Vaccination in Bombay 1856-1862 - 1856-1862
Year: 1856
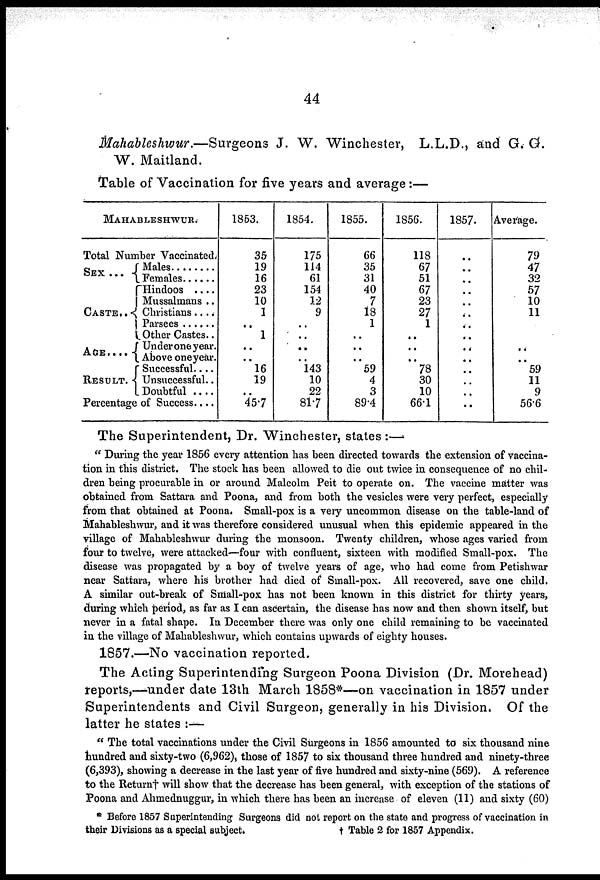
44
Mahableshwur.—Surgeons J. W. Winchester, L.L.D., and G. G.
W. Maitland.
Table of Vaccination for five years and average :—
MAHABLESHWUR.
Total Number Vaccinated.
SEX . . .
CASTE . . .
AGE . . . .
RESULT .
Males . . . .
Females . . . .
Hindoos . . . .
Mussalmans . .
Christians . . . .
Parsees . . . .
Other Castes . .
Under one year.
Above one year.
Successful . . .
Unsuccessful..
Doubtful . . . .
Percentage of Success . . .
1853.
35
19
16
23
10
1
..
1
..
..
16
19
..
45.7
1854.
175
114
61
154
12
9
..
..
..
..
143
10
22
81.7
1855.
66
35
31
40
7
18
1
..
..
..
59
4
3
89.4
1856.
118
67
51
67
23
27
1
..
..
..
78
30
10
66.1
1857.
..
..
..
..
..
..
..
..
..
..
..
..
..
..
Average.
79
47
32
57
10
11
..
..
..
59
11
9
56.6
The Superintendent, Dr. Winchester, states:—
" During the year 1856 every attention has been directed towards the extension of vaccina-
tion in this district. The stock has been allowed to die out twice in consequence of no chil-
dren being procurable in or around Malcolm Peit to operate on. The vaccine matter was
obtained from Sattara and Poona, and from both the vesicles were very perfect, especially
from that obtained at Poona. Small-pox is a very uncommon disease on the table-land of
Mahableshwur, and it was therefore considered unusual when this epidemic appeared in the
village of Mahableshwur during the monsoon. Twenty children, whose ages varied from
four to twelve, were attacked—four with confluent, sixteen with modified Small-pox. The
disease was propagated by a boy of twelve years of age, who had come from Petishwar
near Sattara, where his brother had died of Small-pox. All recovered, save one child.
A similar out-break of Small-pox has not been known in this district for thirty years,
during which period, as far as I can ascertain, the disease has now and then shown itself, but
never in a fatal shape. In December there was only one child remaining to be vaccinated
in the village of Mahableshwur, which contains upwards of eighty houses.
1857.—No vaccination reported.
The Acting Superintending Surgeon Poona Division (Dr. Morehead)
reports,—under date 13th March 1858*—on vaccination in 1857 under
Superintendents and Civil Surgeon, generally in his Division. Of the
latter he states :—
" The total vaccinations under the Civil Surgeons in 1856 amounted to six thousand nine
hundred and sixty-two (6,962), those of 1857 to six thousand three hundred and ninety-three
(6,393), showing a decrease in the last year of five hundred and sixty-nine (569). A reference
to the Return† will show that the decrease has been general, with exception of the stations of
Poona and Ahmednuggur, in which there has been an increase of eleven (11) and sixty (60)
* Before 1857 Superintending Surgeons did not report on the state and progress of vaccination in
their Divisions as a special subject.
† Table 2 for 1857 Appendix.